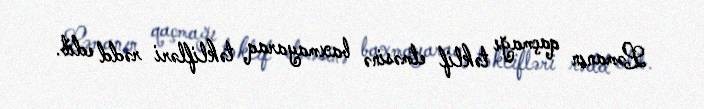
Ləmanın qaçmağı təklif etməsinə baxmayaraq təklifləri rədd edib.